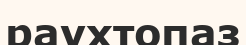
раухтопаз